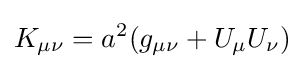
K_{\mu \nu }=a^{2}(g_{\mu \nu }+U_{\mu }U_{\nu })